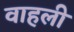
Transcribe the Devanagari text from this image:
वाहली